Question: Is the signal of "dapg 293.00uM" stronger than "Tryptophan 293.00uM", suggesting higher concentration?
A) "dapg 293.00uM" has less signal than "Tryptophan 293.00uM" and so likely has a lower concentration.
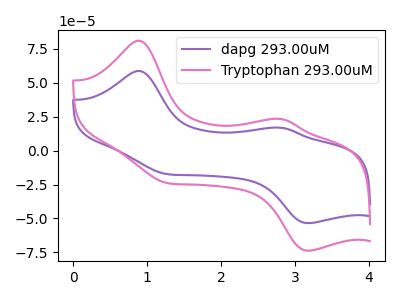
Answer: <think>The purple curve "dapg 293.00uM" has anodic peaks at (0.90V, 58.65uA) (2.80V, 16.85uA) and cathodic peaks at (1.25V, -17.15uA) (3.20V, -53.50uA). The pink curve "Tryptophan 293.00uM" has anodic peaks at (0.90V, 80.95uA) (2.80V, 23.30uA) and cathodic peaks at (1.25V, -23.65uA) (3.20V, -73.80uA).
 All the peaks in "dapg 293.00uM" have a peak in "Tryptophan 293.00uM" at the same potential. Every peak in "dapg 293.00uM" is lower than every peak in "Tryptophan 293.00uM".</think>
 <answer>A) "dapg 293.00uM" has less signal than "Tryptophan 293.00uM" and so likely has a lower concentration.</answer>
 <eval>A</eval>